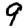
Digit: 9